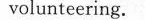
volunteering!